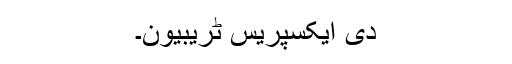
دی ایکسپریس ٹریبیون۔